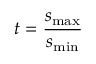
t = \frac { s _ { \mathrm { m a x } } } { s _ { \mathrm { m i n } } }